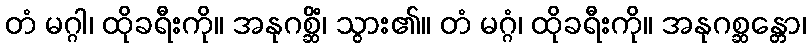
တံ မဂ္ဂါ၊ ထိုခရီးကို။ အနုဂစ္ဆိံ၊ သွား၏။ တံ မဂ္ဂံ၊ ထိုခရီးကို။ အနုဂစ္ဆန္တော၊